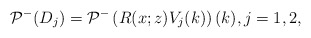
\begin{align*}\mathcal{P}^-( D_j) =\mathcal{P}^-\left(R(x;z)V_{j}(k)\right)(k),j=1,2,\end{align*}